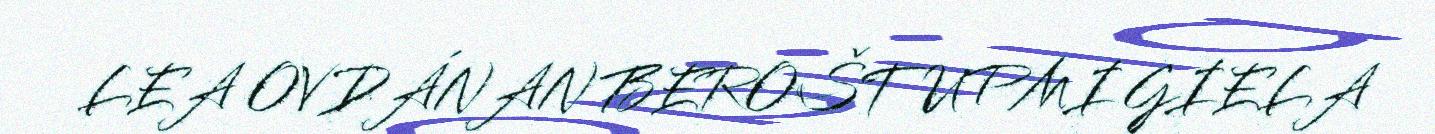
LEA OVDÁNAN BEROŠTUPMI GIELA